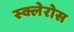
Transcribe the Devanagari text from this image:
स्क्लेरोस